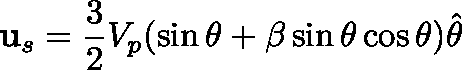
\mathbf { u } _ { s } = \frac { 3 } { 2 } V _ { p } ( \sin \theta + \beta \sin \theta \cos \theta ) \hat { \mathbf { \theta } }